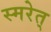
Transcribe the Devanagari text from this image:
स्मरेत्